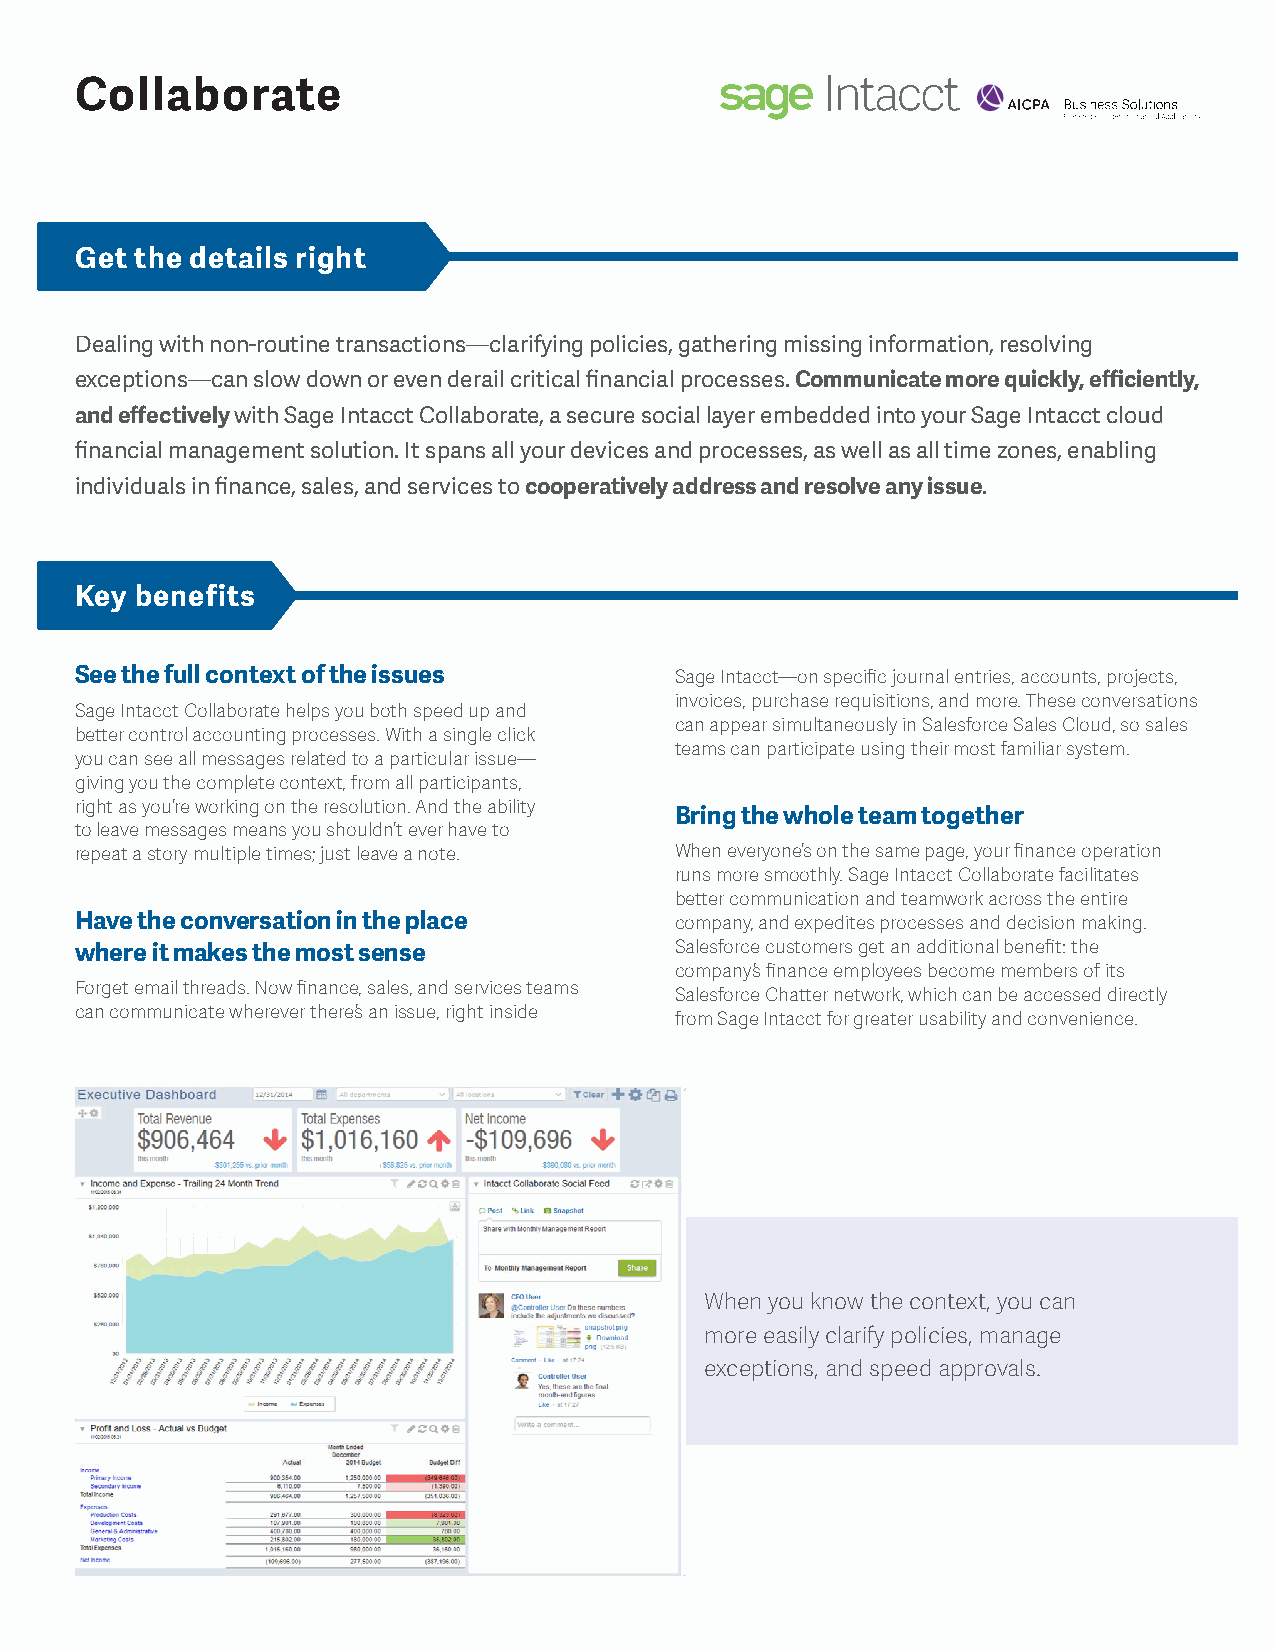
Collaborate
 Get the details right
 Dealing with non-routine transactions—clarifying policies, gathering missing information, resolving
 exceptions—can slow down or even derail critical financial processes. Communicate more quickly, efficiently,
 and effectively with Sage Intacct Collaborate, a secure social layer embedded into your Sage Intacct cloud
 financial management solution. It spans all your devices and processes, as well as all time zones, enabling
 individuals in finance, sales, and services to cooperatively address and resolve any issue.
 Key benefits
 See the full context of the issues      Sage Intacct—on specific journal entries, accounts, projects,
 invoices, purchase requisitions, and more. These conversations
 Sage Intacct Collaborate helps you both speed up and
 can appear simultaneously in Salesforce Sales Cloud, so sales
 better control accounting processes. With a single click
 teams can participate using their most familiar system.
 you can see all messages related to a particular issue—
 giving you the complete context, from all participants,
 right as you’re working on the resolution. And the ability
 Bring the whole team together
 to leave messages means you shouldn’t ever have to
 repeat a story multiple times; just leave a note. When everyone’s on the same page, your finance operation
 runs more smoothly. Sage Intacct Collaborate facilitates
 better communication and teamwork across the entire
 Have the conversation in the place      company, and expedites processes and decision making.
 where it makes the most sense           Salesforce customers get an additional benefit: the
 company’s finance employees become members of its
 Forget email threads. Now finance, sales, and services teams
 Salesforce Chatter network, which can be accessed directly
 can communicate wherever there’s an issue, right inside
 from Sage Intacct for greater usability and convenience.
 When you know the context, you can
 more easily clarify policies, manage
 exceptions, and speed approvals.